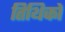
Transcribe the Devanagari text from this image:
तिथिको